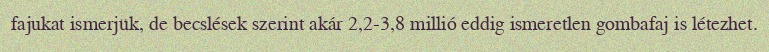
fajukat ismerjük, de becslések szerint akár 2,2-3,8 millió eddig ismeretlen gombafaj is létezhet.